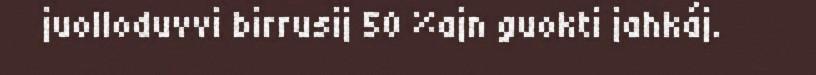
juolloduvvi birrusij 50 %ajn guokti jahkáj.